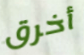
أخرق